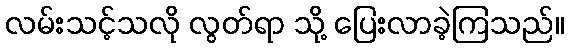
လမ်းသင့်သလို လွတ်ရာ သို့ ပြေးလာခဲ့ကြသည်။